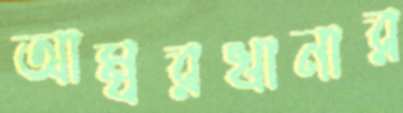
আম্বরখানার